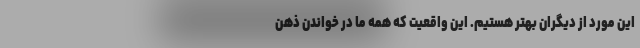
این مورد از دیگران بهتر هستیم. این واقعیت که همه ما در خواندن ذهن